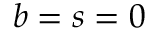
b = s = 0